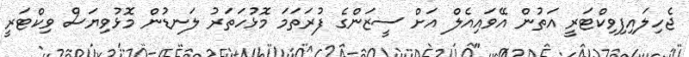
ޖެހިލައިފިވިކްޓަރީ އަތުން އޭވައިއެލް އަށް ސީޒަންގެ ފުރަތަމަ މޮޅުހަތަރު ލަނޑުން މޮޅުވިޔަސް ވިކްޓަރީ